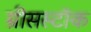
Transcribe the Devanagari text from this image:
ग्रीसस्टॉक